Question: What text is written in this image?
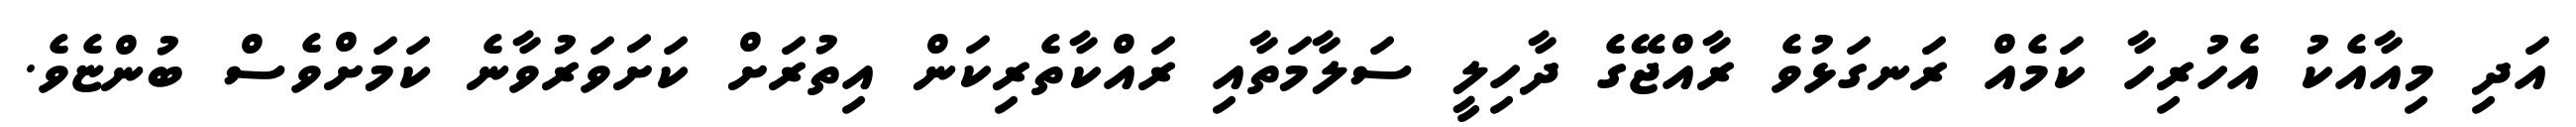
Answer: އަދި މިއާއެކު އެހުރިހާ ކަމެއް ރަނގަޅުވެ ރާއްޖޭގެ ދާހިލީ ސަލާމަތާއި ރައްކާތެރިކަން އިތުރަށް ކަށަަވަރުވާނެ ކަމަށްވެސް ބުންޏެވެ.